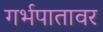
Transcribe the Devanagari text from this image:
गर्भपातावर